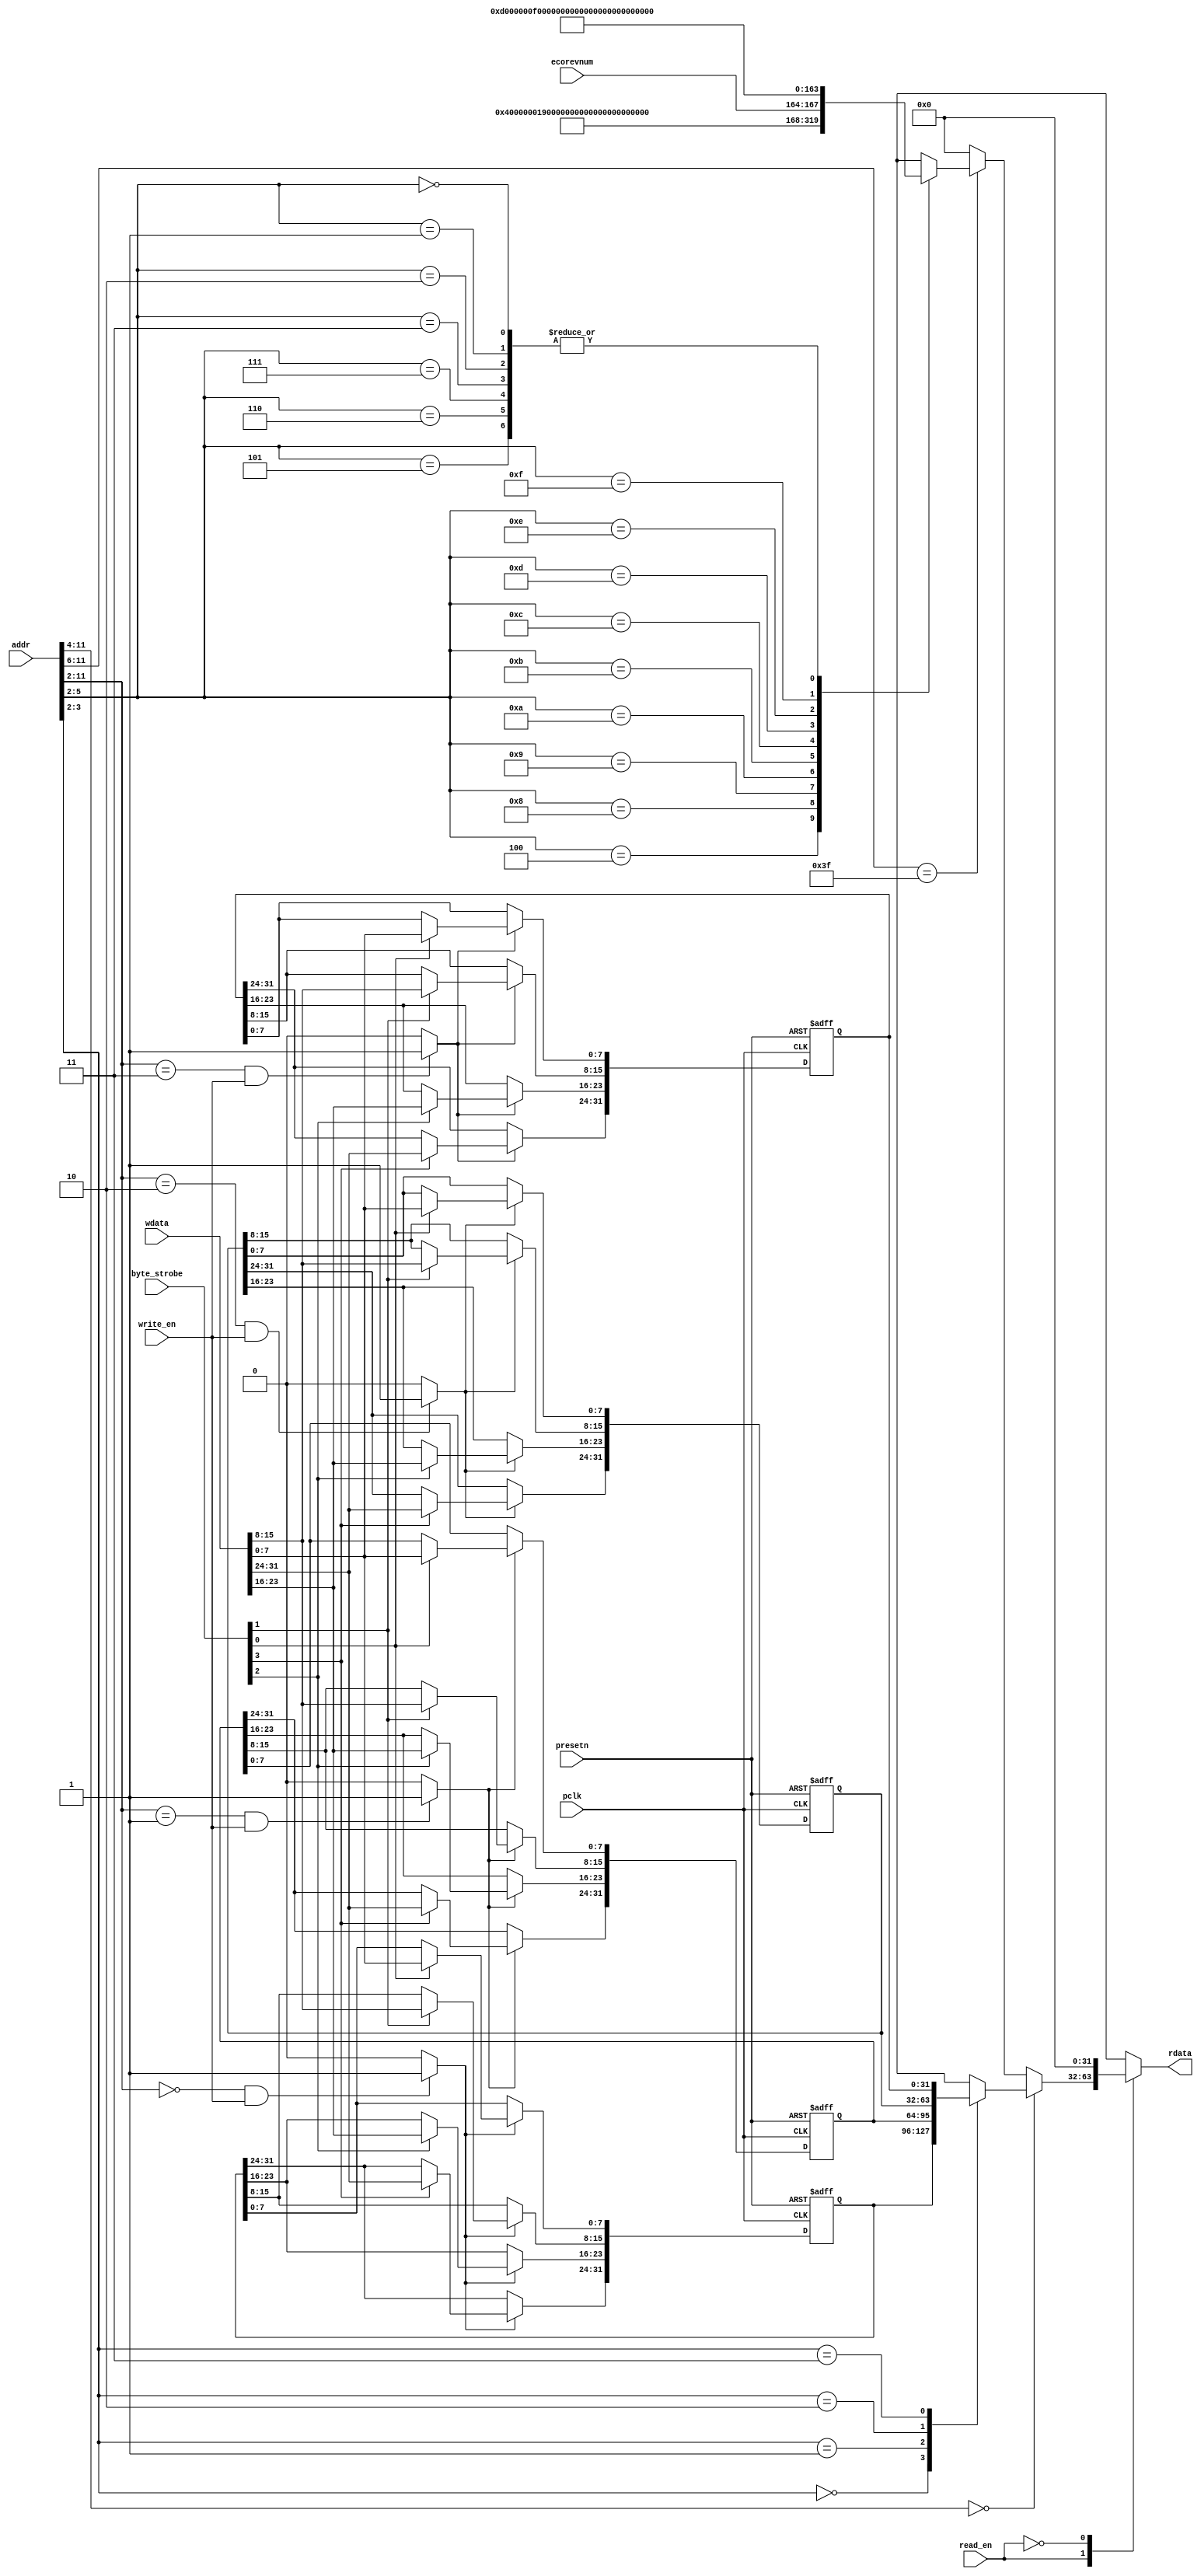
//------------------------------------------------------------------------------
// The confidential and proprietary information contained in this file may
// only be used by a person authorised under and to the extent permitted
// by a subsisting licensing agreement from ARM Limited.
//
//            (C) COPYRIGHT 2010-2015  ARM Limited or its affiliates.
//                ALL RIGHTS RESERVED
//
// This entire notice must be reproduced on all copies of this file
// and copies of this file may only be made by a person if such person is
// permitted to do so under the terms of a subsisting license agreement
// from ARM Limited.
//
//  Version and Release Control Information:
//
//  File Revision       : $Revision: 275084 $
//  File Date           : $Date: 2014-03-27 15:09:11 +0000 (Thu, 27 Mar 2014) $
//
//  Release Information : Cortex-M0 DesignStart-r1p0-00rel0
//------------------------------------------------------------------------------
// Verilog-2001 (IEEE Std 1364-2001)
//------------------------------------------------------------------------------
//
//-----------------------------------------------------------------------------
// Abstract : APB example slave register module.
//            Support AMBA APB4
//            This is an example slave with four 32-bit registers, provides write
//            and read operation. The Data and address valid at the same clock
//            cycle. Byte strobe signal is supported.
//-----------------------------------------------------------------------------

module cmsdk_apb4_eg_slave_reg #(
  // parameter for address width
  parameter   ADDRWIDTH = 12)
 (
  input  wire                   pclk,       // clock
  input  wire                   presetn,    // reset

  // Register interface
  input  wire [ADDRWIDTH-1:0]   addr,
  input  wire                   read_en,
  input  wire                   write_en,
  input  wire [3:0]             byte_strobe,
  input  wire [31:0]            wdata,
  input  wire [3:0]             ecorevnum,
  output reg  [31:0]            rdata);

  // Local ID parameters, APB4 example slave has part number of 819
localparam  ARM_CMSDK_APB4_EG_SLAVE_PID4 = 32'h00000004; // 0xFD0 : PID 4
localparam  ARM_CMSDK_APB4_EG_SLAVE_PID5 = 32'h00000000; // 0xFD4 : PID 5
localparam  ARM_CMSDK_APB4_EG_SLAVE_PID6 = 32'h00000000; // 0xFD8 : PID 6
localparam  ARM_CMSDK_APB4_EG_SLAVE_PID7 = 32'h00000000; // 0xFDC : PID 7
localparam  ARM_CMSDK_APB4_EG_SLAVE_PID0 = 32'h00000019; // 0xFE0 : PID 0 APB4 Example slave part number[7:0]
localparam  ARM_CMSDK_APB4_EG_SLAVE_PID1 = 32'h000000B8; // 0xFE4 : PID 1 [7:4] jep106_id_3_0. [3:0] part number [11:8]
localparam  ARM_CMSDK_APB4_EG_SLAVE_PID2 = 32'h0000001B; // 0xFE8 : PID 2 [7:4] revision, [3] jedec_used. [2:0] jep106_id_6_4
localparam  ARM_CMSDK_APB4_EG_SLAVE_PID3 = 32'h00000000; // 0xFEC : PID 3
localparam  ARM_CMSDK_APB4_EG_SLAVE_CID0 = 32'h0000000D; // 0xFF0 : CID 0
localparam  ARM_CMSDK_APB4_EG_SLAVE_CID1 = 32'h000000F0; // 0xFF4 : CID 1 PrimeCell class
localparam  ARM_CMSDK_APB4_EG_SLAVE_CID2 = 32'h00000005; // 0xFF8 : CID 2
localparam  ARM_CMSDK_APB4_EG_SLAVE_CID3 = 32'h000000B1; // 0xFFC : CID 3
         // Note : Customer changing the design should modify
         // - jep106 value (www.jedec.org)
         // - part number (customer define)
         // - Optional revision and modification number (e.g. rXpY)


 //------------------------------------------------------------------------------
 // internal signals
 //------------------------------------------------------------------------------

  reg    [31:0]            data0;
  reg    [31:0]            data1;
  reg    [31:0]            data2;
  reg    [31:0]            data3;
  wire   [3:0]             wr_sel;

 //------------------------------------------------------------------------------
 // module logic start
 //------------------------------------------------------------------------------
  // Address decoding for write operations
  assign wr_sel[0] = ((addr[(ADDRWIDTH-1):2]==10'b0000000000)&(write_en)) ? 1'b1: 1'b0;
  assign wr_sel[1] = ((addr[(ADDRWIDTH-1):2]==10'b0000000001)&(write_en)) ? 1'b1: 1'b0;
  assign wr_sel[2] = ((addr[(ADDRWIDTH-1):2]==10'b0000000010)&(write_en)) ? 1'b1: 1'b0;
  assign wr_sel[3] = ((addr[(ADDRWIDTH-1):2]==10'b0000000011)&(write_en)) ? 1'b1: 1'b0;


 // register write, byte enable


 // Data register: data0
  always @(posedge pclk or negedge presetn)
    begin
    if (~presetn)
      begin
        data0 <= {32{1'b0}}; // Reset data 0 to 0x00000000
      end
    else if (wr_sel[0])
      begin
        if (byte_strobe[0])
           data0[ 7: 0] <= wdata[ 7: 0];
        if (byte_strobe[1])
           data0[15: 8] <= wdata[15: 8];
        if (byte_strobe[2])
           data0[23:16] <= wdata[23:16];
        if (byte_strobe[3])
           data0[31:24] <= wdata[31:24];
      end
    end


 // Data register: data1
  always @(posedge pclk or negedge presetn)
    begin
    if (~presetn)
      begin
        data1 <= {32{1'b0}}; // Reset data 1 to 0x00000000
      end
    else if (wr_sel[1])
      begin
        if (byte_strobe[0])
           data1[ 7: 0] <= wdata[7:0];
        if (byte_strobe[1])
           data1[15: 8] <= wdata[15:8];
        if (byte_strobe[2])
           data1[23:16] <= wdata[23:16];
        if (byte_strobe[3])
           data1[31:24] <= wdata[31:24];
      end
    end


  // Data register: data2
  always @(posedge pclk or negedge presetn)
    begin
    if (~presetn)
      begin
        data2 <= {32{1'b0}}; // Reset data 2 to 0x00000000
      end
    else if (wr_sel[2])
      begin
        if (byte_strobe[0])
           data2[ 7: 0] <= wdata[ 7: 0];
        if (byte_strobe[1])
           data2[15: 8] <= wdata[15: 8];
        if (byte_strobe[2])
           data2[23:16] <= wdata[23:16];
        if (byte_strobe[3])
           data2[31:24] <= wdata[31:24];
      end
    end


  // Data register: data3
  always @(posedge pclk or negedge presetn)
    begin
    if (~presetn)
      begin
        data3 <= {32{1'b0}}; // Reset data 3 to 0x00000000
      end
    else if (wr_sel[3])
      begin
        if (byte_strobe[0])
           data3[ 7: 0] <= wdata[ 7: 0];
        if (byte_strobe[1])
           data3[15: 8] <= wdata[15: 8];
        if (byte_strobe[2])
           data3[23:16] <= wdata[23:16];
        if (byte_strobe[3])
           data3[31:24] <= wdata[31:24];
      end
    end


 // register read

always @ (read_en or addr or data0 or data1 or data2 or data3 or ecorevnum)
 begin
   case (read_en)
     1'b1:
     begin
       if (addr[11:4] == 8'h00) begin
         case(addr[3:2])
           2'b00: rdata =  data0;
           2'b01: rdata =  data1;
           2'b10: rdata =  data2;
           2'b11: rdata =  data3;
           default: rdata = {32{1'bx}};
         endcase
       end
       else if (addr[11:6] == 6'h3F) begin
         case(addr[5:2])
          // Peripheral IDs and Component IDs.
          // AHB example slave has part number of 818
         4'b0100: rdata = ARM_CMSDK_APB4_EG_SLAVE_PID4; // 0xFD0 : PID 4
         4'b0101: rdata = ARM_CMSDK_APB4_EG_SLAVE_PID5; // 0xFD4 : PID 5
         4'b0110: rdata = ARM_CMSDK_APB4_EG_SLAVE_PID6; // 0xFD8 : PID 6
         4'b0111: rdata = ARM_CMSDK_APB4_EG_SLAVE_PID7; // 0xFDC : PID 7
         4'b1000: rdata = ARM_CMSDK_APB4_EG_SLAVE_PID0; // 0xFE0 : PID 0 APB Example slave part number[7:0]
         4'b1001: rdata = ARM_CMSDK_APB4_EG_SLAVE_PID1; // 0xFE4 : PID 1 [7:4] jep106_id_3_0. [3:0] part number [11:8]
         4'b1010: rdata = ARM_CMSDK_APB4_EG_SLAVE_PID2; // 0xFE8 : PID 2 [7:4] revision, [3] jedec_used. [2:0] jep106_id_6_4
         4'b1011: rdata ={ARM_CMSDK_APB4_EG_SLAVE_PID3[31:8], ecorevnum[3:0], 4'h0};
                                         // 0xFEC : PID 3 [7:4] ECO rev number, [3:0] modification number
         4'b1100: rdata = ARM_CMSDK_APB4_EG_SLAVE_CID0; // 0xFF0 : CID 0
         4'b1101: rdata = ARM_CMSDK_APB4_EG_SLAVE_CID1; // 0xFF4 : CID 1 PrimeCell class
         4'b1110: rdata = ARM_CMSDK_APB4_EG_SLAVE_CID2; // 0xFF8 : CID 2
         4'b1111: rdata = ARM_CMSDK_APB4_EG_SLAVE_CID3; // 0xFFC : CID 3
         // Note : Customer changing the design should modify
         // - jep106 value (www.jedec.org)
         // - part number (customer define)
         // - Optional revision and modification number (e.g. rXpY)
         4'b0000, 4'b0001,4'b0010,4'b0011: rdata = {32'h00000000}; // default
         default: rdata =  {32{1'bx}};  // x propagation
         endcase
       end
       else begin
         rdata = {32'h00000000}; // default
       end
   end
   1'b0:
     begin
       rdata =  {32{1'b0}};
     end
   default:
     begin
       rdata =  {32{1'bx}};
     end
   endcase
 end


 //------------------------------------------------------------------------------
 // module logic end
 //------------------------------------------------------------------------------



 endmodule